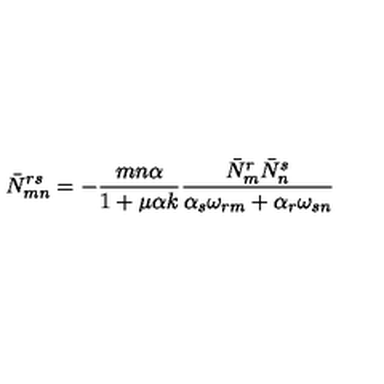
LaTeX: \bar { N } _ { m n } ^ { r s } = - { \frac { m n \alpha } { 1 + \mu \alpha k } } { \frac { \bar { N } _ { m } ^ { r } \bar { N } _ { n } ^ { s } } { \alpha _ { s } \omega _ { r m } + \alpha _ { r } \omega _ { s n } } }